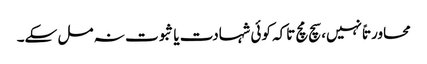
محاورتاً نہیں، سچ مچ تاکہ کوئی شہادت یا ثبوت نہ مل سکے۔